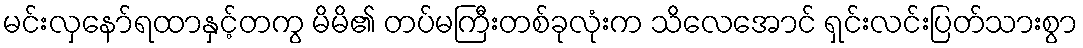
မင်းလှနော်ရထာနှင့်တကွ မိမိ၏ တပ်မကြီးတစ်ခုလုံးက သိလေအောင် ရှင်းလင်းပြတ်သားစွာ